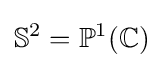
\mathbb {S} ^{2}=\mathbb {P} ^{1}(\mathbb {C} )